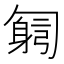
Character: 𠤂